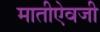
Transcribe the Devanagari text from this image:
मातीऐवजी